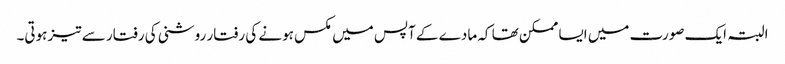
البتہ ایک صورت میں ایسا ممکن تھا کہ مادے کے آپس میں مکس ہونے کی رفتار روشنی کی رفتار سے تیز ہوتی۔